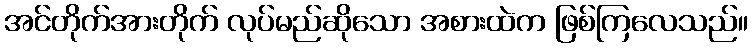
အင်တိုက်အားတိုက် လုပ်မည်ဆိုသော အစားထဲက ဖြစ်ကြလေသည်။